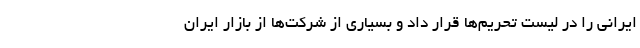
ایرانی را در لیست تحریم‌ها قرار داد و بسیاری از شرکت‌ها از بازار ایران